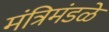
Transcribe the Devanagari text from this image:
मंत्रिमंडळे